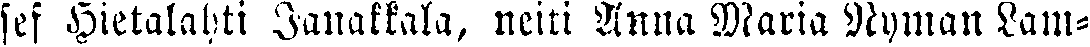
sef Hietalahti Janakkala, neiti Anna Maria Nyman Lam-